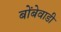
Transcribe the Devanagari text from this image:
बोंबेवाडी